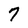
Character: 7